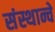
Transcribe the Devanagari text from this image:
संस्थान्चे